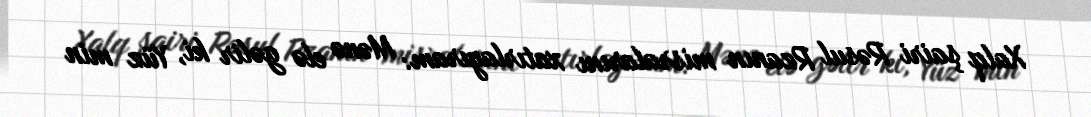
Xalq şairi Rəsul Rzanın misralarını xatırlayıram: Mənə elə gəlir ki, Yüz min